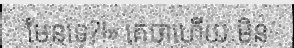
មែនទេ?!» គេថាហើយ មិន